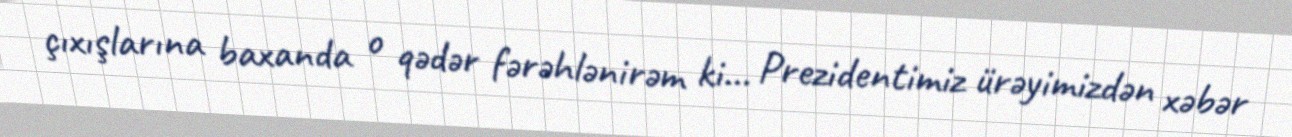
çıxışlarına baxanda o qədər fərəhlənirəm ki... Prezidentimiz ürəyimizdən xəbər